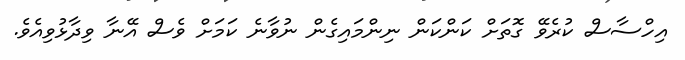
އިހްސާސް ކުރެވޭ ގޮތަށް ކަންކަން ނިންމައިގެން ނުވާނެ ކަމަށް ވެސް އޭނާ ވިދާޅުވިއެވެ.